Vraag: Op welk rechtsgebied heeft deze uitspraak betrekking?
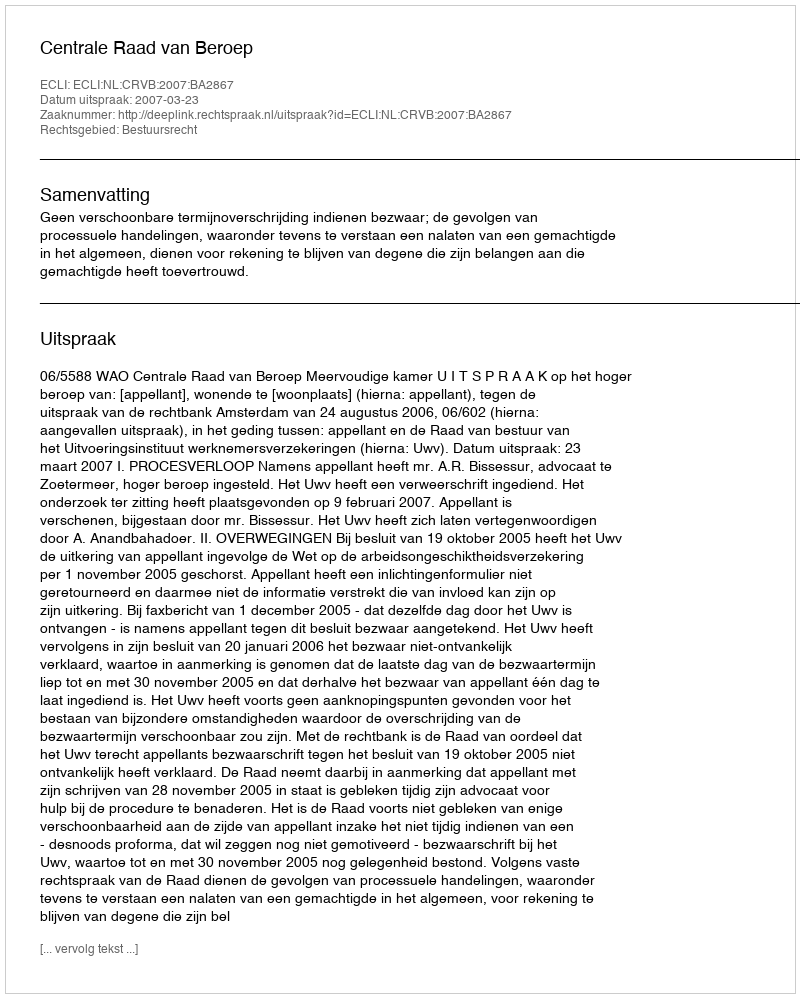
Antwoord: Bestuursrecht